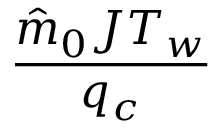
\frac { \hat { m } _ { 0 } J T _ { w } } { q _ { c } }